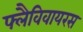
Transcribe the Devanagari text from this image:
फ्लैविवायरस